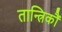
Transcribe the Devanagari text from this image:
तान्त्रिकौं